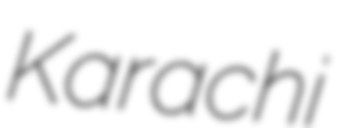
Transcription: Karachi